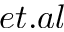
e t . a l